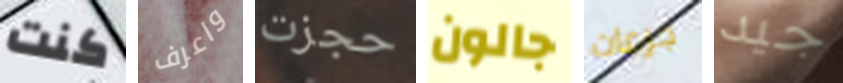
كنت واعرف حجزت جالون جرعات جيد